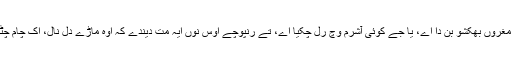
جے کوئی ڈوہنگی پرکھ پرچول مغروں بھکشو بن دا اے، یا جے کوئی آشرم وچ رل چکیا اے، تے رنپوچے اوس نوں ایہ مت دیندے کہ اوہ ماڑے دل نال، اک چام چِٹھ وانگوں ایس حلقے اندر نہ آون۔